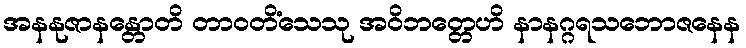
အနနုဇာနန္တောတိ တာဝတိံသေသု အဝိဘတ္တေဟိ နာနဂ္ဂရသဘောဇနေန